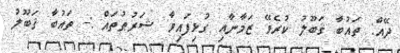
ދޭއް: ތައުބާ ޤަބޫލު ކުރެވޭ ޒަމާނާއި ގުޅިފައިވާ ޝަރުޠުތައް :- ތައުބާ ޤަބޫލު